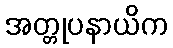
အတ္တုပနာယိက